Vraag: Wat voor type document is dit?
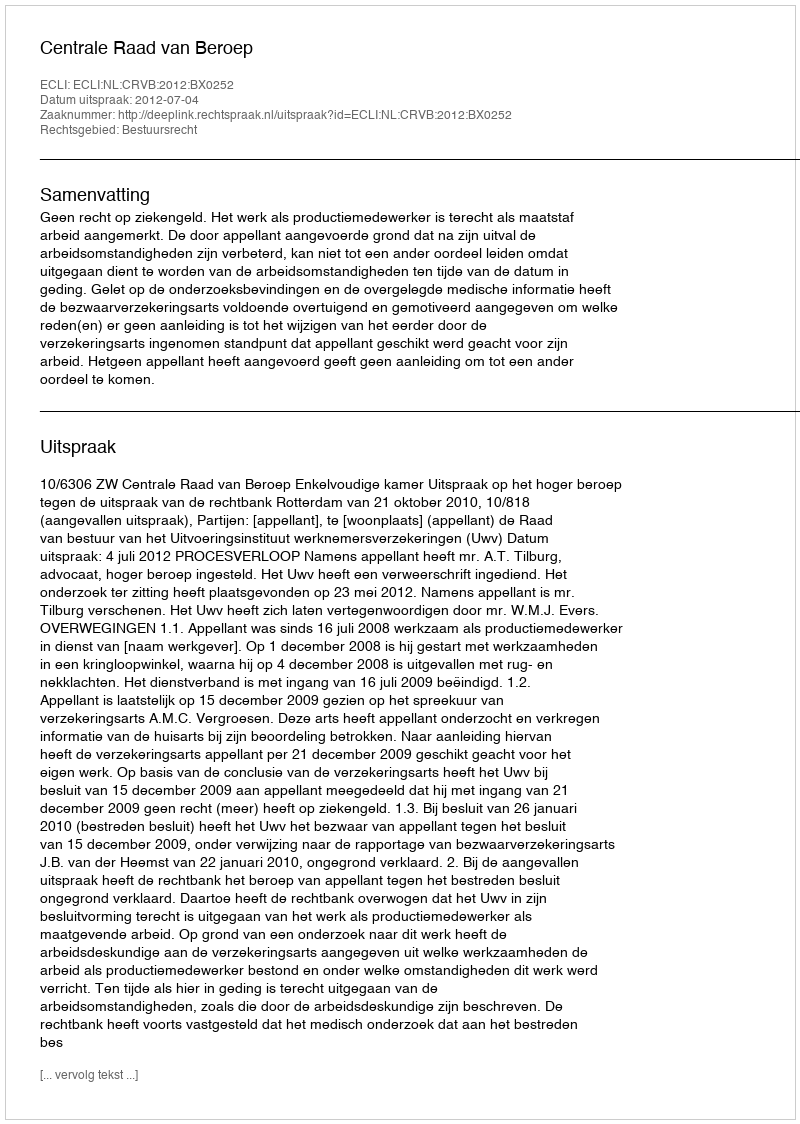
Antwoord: Uitspraak